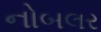
નોબલર